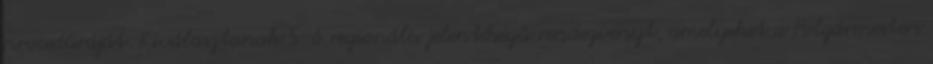
procedúráját. Kiválasztanak 5-6 regionális jelentőségű rendezvényt, amelyeket a Polgármesteri